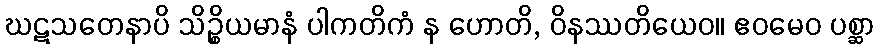
ဃဋသတေနာပိ သိဉ္စိယမာနံ ပါကတိကံ န ဟောတိ, ဝိနဿတိယေဝ။ ဧဝမေဝ ပစ္ဆာ